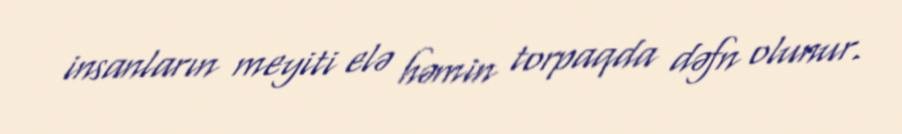
insanların meyiti elə həmin torpaqda dəfn olunur.